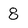
Character: 8